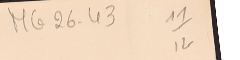
MG26-43  11/12